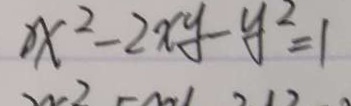
x ^ { 2 } - 2 x y - y ^ { 2 } = 1